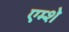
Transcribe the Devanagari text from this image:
एम्शे